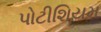
પોટીશિયમ